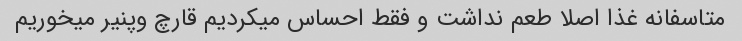
متاسفانه غذا اصلا طعم نداشت و فقط احساس میکردیم قارچ وپنیر میخوریم